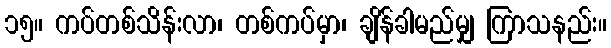
၁၅။ ကပ်တစ်သိန်းလာ၊ တစ်ကပ်မှာ၊ ချိန်ခါမည်မျှ ကြာသနည်း။